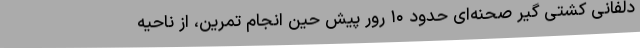
دلفانی کشتی گیر صحنه‌ای حدود ۱۰ رور پیش حین انجام تمرین، از ناحیه